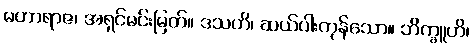
မဟာရာဇ၊ အရှင်မင်းမြတ်။ ဒသဟိ၊ ဆယ်ပါးကုန်သော။ ဘိက္ခူဟိ၊